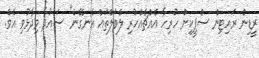
ރީޑިން ރައިޓިން ސްޕީކިން ހުރިހާ އެއްޗެއްހުރި ލެވަލްތައް އެނގޭނެ" ސައުދާ ވިދާޅުވި އެވެ.